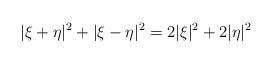
LaTeX: \begin{align*}|\xi +\eta|^2+|\xi-\eta|^2 = 2|\xi|^2+2|\eta|^2\end{align*}